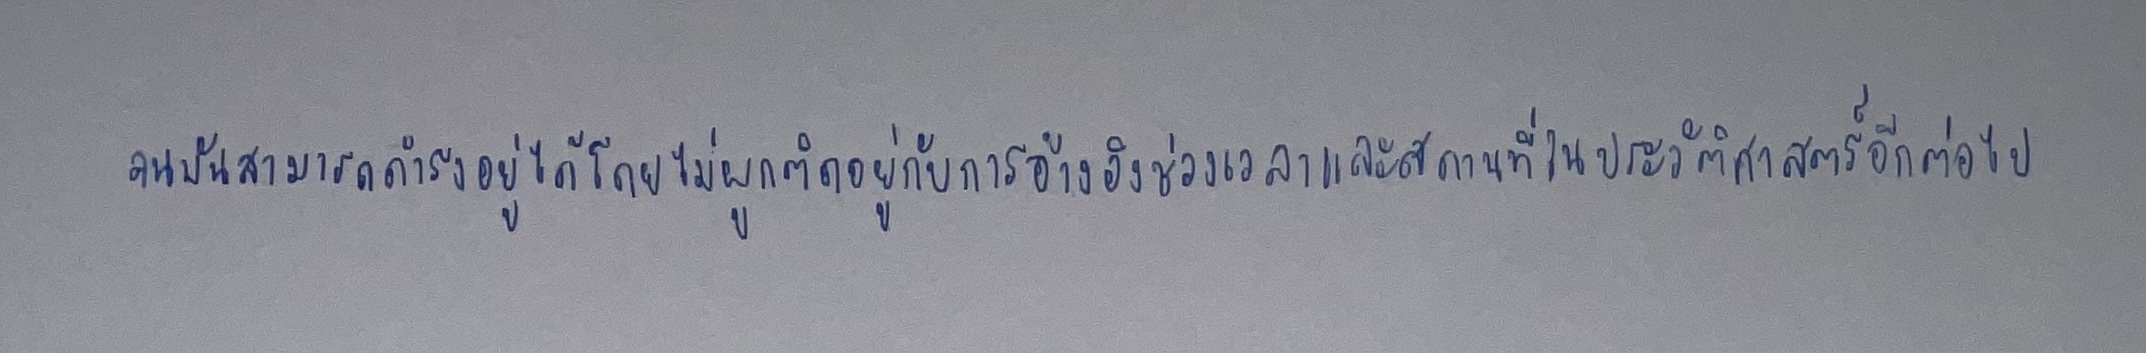
จนมันสามารถดำรงอยู่ได้โดยไม่ผูกติดอยู่กับการอ้างอิงช่วงเวลาและสถานที่ในประวัติศาสตร์อีกต่อไป